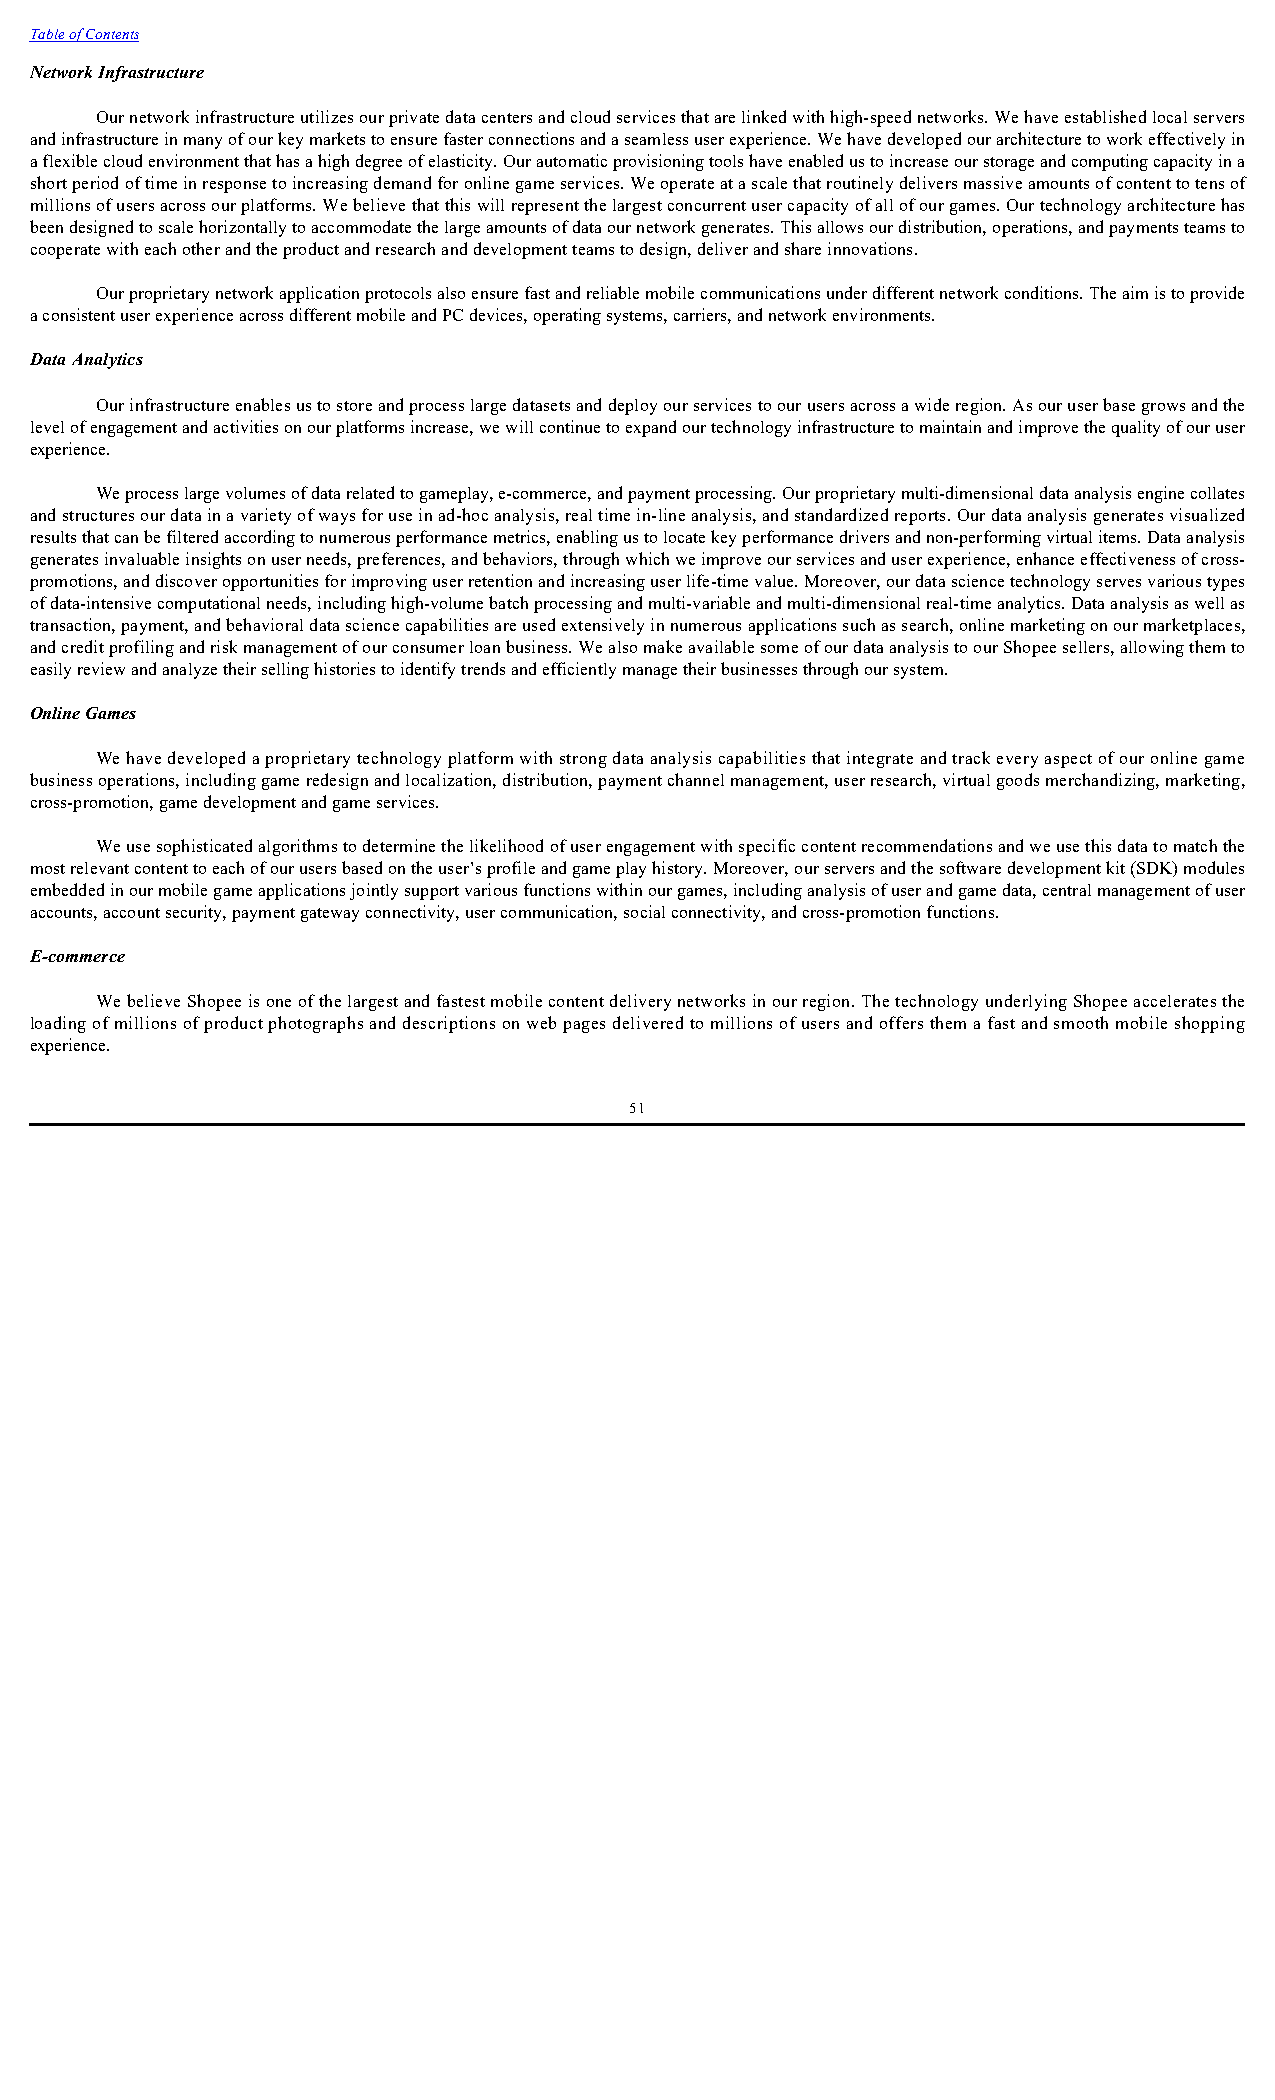
Table of Contents
 Network Infrastructure
 Our network infrastructure utilizes our private data centers and cloud services that are linked with high-speed networks. We have established local servers
 and infrastructure in many of our key markets to ensure faster connections and a seamless user experience. We have developed our architecture to work effectively in
 a flexible cloud environment that has a high degree of elasticity. Our automatic provisioning tools have enabled us to increase our storage and computing capacity in a
 short period of time in response to increasing demand for online game services. We operate at a scale that routinely delivers massive amounts of content to tens of
 millions of users across our platforms. We believe that this will represent the largest concurrent user capacity of all of our games. Our technology architecture has
 been designed to scale horizontally to accommodate the large amounts of data our network generates. This allows our distribution, operations, and payments teams to
 cooperate with each other and the product and research and development teams to design, deliver and share innovations.
 Our proprietary network application protocols also ensure fast and reliable mobile communications under different network conditions. The aim is to provide
 a consistent user experience across different mobile and PC devices, operating systems, carriers, and network environments.
 Data Analytics
 Our infrastructure enables us to store and process large datasets and deploy our services to our users across a wide region. As our user base grows and the
 level of engagement and activities on our platforms increase, we will continue to expand our technology infrastructure to maintain and improve the quality of our user
 experience.
 We process large volumes of data related to gameplay, e-commerce, and payment processing. Our proprietary multi-dimensional data analysis engine collates
 and structures our data in a variety of ways for use in ad-hoc analysis, real time in-line analysis, and standardized reports. Our data analysis generates visualized
 results that can be filtered according to numerous performance metrics, enabling us to locate key performance drivers and non-performing virtual items. Data analysis
 generates invaluable insights on user needs, preferences, and behaviors, through which we improve our services and user experience, enhance effectiveness of cross-
 promotions, and discover opportunities for improving user retention and increasing user life-time value. Moreover, our data science technology serves various types
 of data-intensive computational needs, including high-volume batch processing and multi-variable and multi-dimensional real-time analytics. Data analysis as well as
 transaction, payment, and behavioral data science capabilities are used extensively in numerous applications such as search, online marketing on our marketplaces,
 and credit profiling and risk management of our consumer loan business. We also make available some of our data analysis to our Shopee sellers, allowing them to
 easily review and analyze their selling histories to identify trends and efficiently manage their businesses through our system.
 Online Games
 We have developed a proprietary technology platform with strong data analysis capabilities that integrate and track every aspect of our online game
 business operations, including game redesign and localization, distribution, payment channel management, user research, virtual goods merchandizing, marketing,
 cross-promotion, game development and game services.
 We use sophisticated algorithms to determine the likelihood of user engagement with specific content recommendations and we use this data to match the
 most relevant content to each of our users based on the user’s profile and game play history. Moreover, our servers and the software development kit (SDK) modules
 embedded in our mobile game applications jointly support various functions within our games, including analysis of user and game data, central management of user
 accounts, account security, payment gateway connectivity, user communication, social connectivity, and cross-promotion functions.
 E-commerce
 We believe Shopee is one of the largest and fastest mobile content delivery networks in our region. The technology underlying Shopee accelerates the
 loading of millions of product photographs and descriptions on web pages delivered to millions of users and offers them a fast and smooth mobile shopping
 experience.
 51